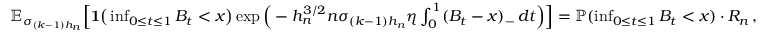
\begin{array} { r } { \mathbb { E } _ { \sigma _ { ( k - 1 ) h _ { n } } } \Big [ \mathbf { 1 } \big ( \operatorname* { i n f } _ { 0 \le t \le 1 } B _ { t } < x \big ) \exp \Big ( - h _ { n } ^ { 3 / 2 } n \sigma _ { ( k - 1 ) h _ { n } } \eta \int _ { 0 } ^ { 1 } ( B _ { t } - x ) _ { - } \, d t \Big ) \Big ] = \mathbb { P } ( \operatorname* { i n f } _ { 0 \le t \le 1 } B _ { t } < x ) \cdot R _ { n } \, , } \end{array}